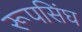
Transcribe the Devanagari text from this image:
रूपसिंघ